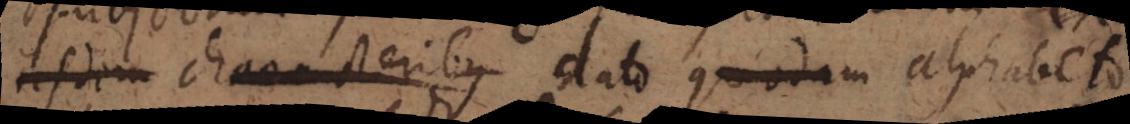
dato alphabeto